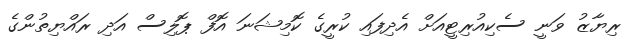
ރިޔާޒު ވަނީ ސެކިއުރިޓީއަށް އެދިފައި ކުރީގެ ކޮމިޝަނަ އޮފް ޕޮލިސް އަދި ރައްޔިތުންގެ